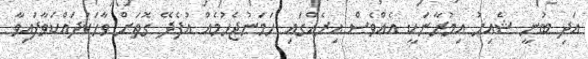
އަދި ބުނީ ޝެއިހު އިމުރާނަކީ އެއްވެސް އިރެއްގައި ހަމަނުޖެހުމެއް އުފެދޭ ގޮތަށް ވާހަކަދައްކަވާފައިވާ